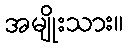
အမျိုးသား။